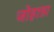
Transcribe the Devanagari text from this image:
जोहान्ना